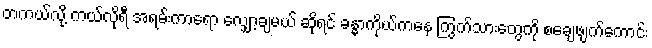
တကယ်လို့ ကယ်လိုရီ အရမ်းကာရော လျှော့ချမယ် ဆိုရင် ခန္ဓာကိုယ်ကနေ ကြွက်သားတွေကို စချေဖျက်ကောင်း